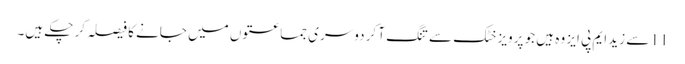
11 سے زید ایم پی ایز وہ ہیں جو پرویز خٹک سے تنگ آ کر دوسری جماعتوں میں جانے کا فیصلہ کر چکے ہیں۔